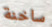
ساخنة